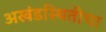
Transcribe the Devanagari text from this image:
अखंडस्थितीचा